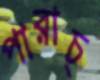
পারাচ্